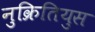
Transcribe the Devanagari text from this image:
नुक्रितियुस